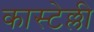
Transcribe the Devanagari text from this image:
कास्टेल्ली